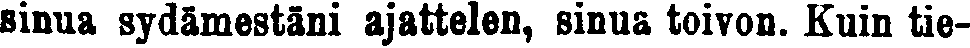
sinua sydämestäni ajattelen, sinua toivon. Kuin tie-